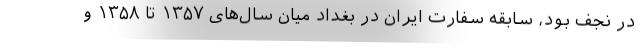
در نجف بود، سابقه سفارت ایران در بغداد میان سال‌های ۱۳۵۷ تا ۱۳۵۸ و